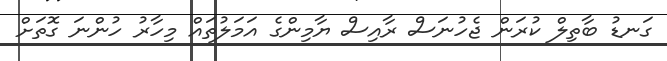
ގަނޑު ބާތިލް ކުރަން ޖެހުނަސް ރާއިސް ޔާމިންގެ އަމަލުތައް މިހާރު ހުންނަ ގޮތަށް